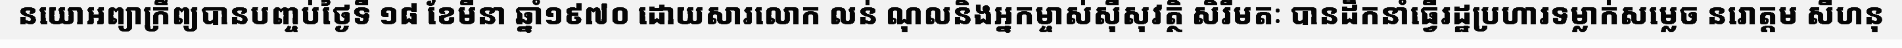
នយោអព្យាក្រឹព្យបានបញ្ចប់ថ្ងៃទី ១៨ ខែមីនា ឆ្នាំ១៩៧០ ដោយសារលោក លន់ ណុលនិងអ្នកម្ចាស់ស៊ីសុវត្ថិ សិរីមតៈ បានដឹកនាំធ្វើរដ្ឋប្រហារទម្លាក់សម្លេច នរោត្តម សីហនុ